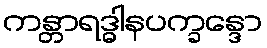
ကန္တာရဒ္ဓါနပက္ခန္ဒော